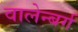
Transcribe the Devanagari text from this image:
वालेन्बर्ग